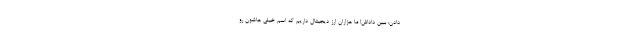
دادن: ببین داداش! ما هزاران ارز دیجیتال داریم که اسم خیلی­ هاشون رو